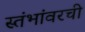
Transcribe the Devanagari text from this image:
स्तंभांवरची